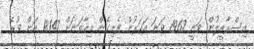
އިސްރާއީލުން ވަނީ 1967 ވަނަ އަހަރުން ފެށިގެން މިހާތަނަށް 18147 އަށް ވުރެ